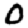
Digit: 0